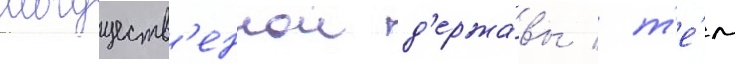
могуществ'еннои д'ержа́вы / т'е́м